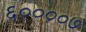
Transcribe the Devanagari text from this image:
६००००७